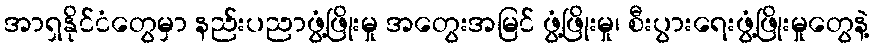
အာရှနိုင်ငံတွေမှာ နည်းပညာဖွံ့ဖြိုးမှု အတွေးအမြင် ဖွံ့ဖြိုးမှု၊ စီးပွားရေးဖွံ့ဖြိုးမှုတွေနဲ့